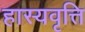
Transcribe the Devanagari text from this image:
हास्यवृत्ति